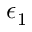
\epsilon _ { 1 }